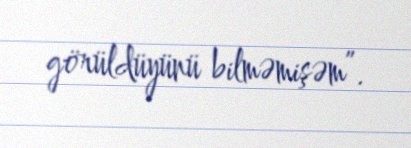
görüldüyünü bilməmişəm”.